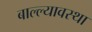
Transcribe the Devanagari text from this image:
बाल्ल्यावस्था